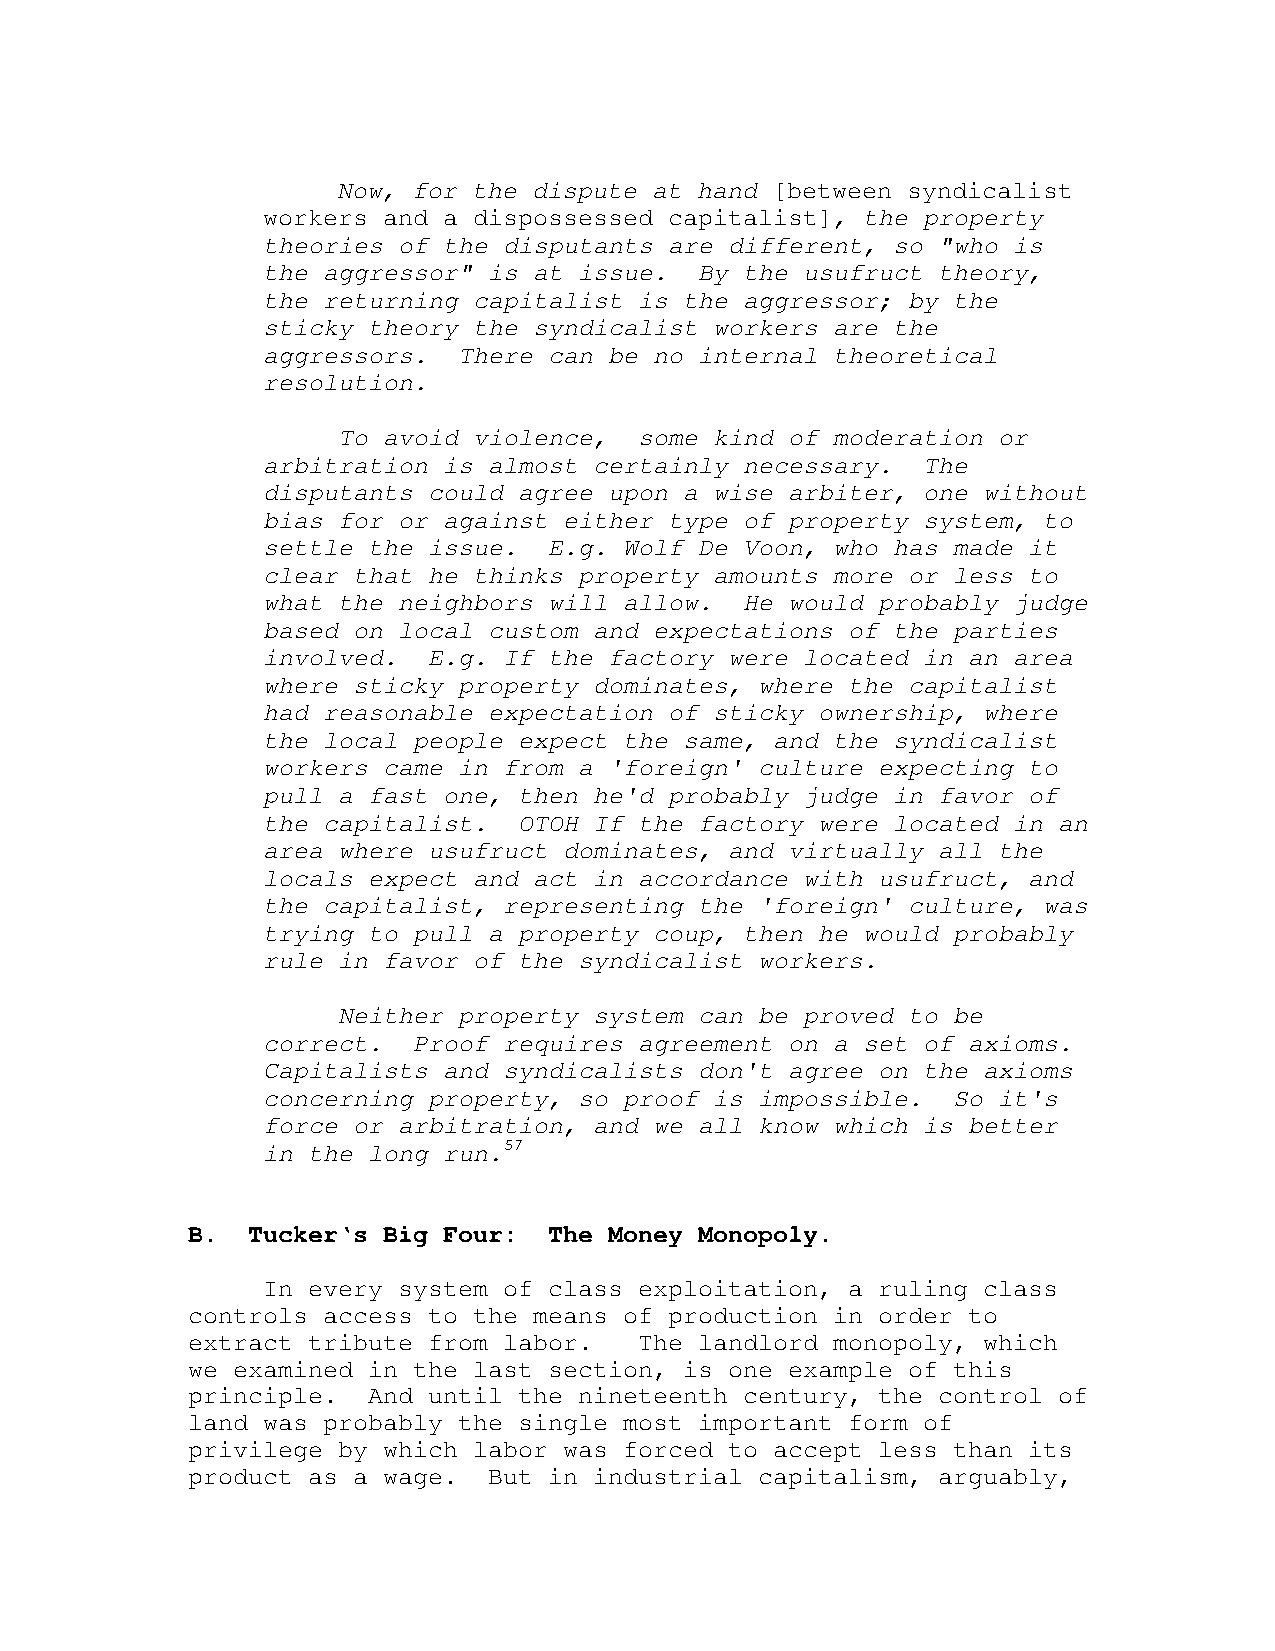
Now, for the dispute at hand [between syndicalist
 workers and a dispossessed capitalist], the property
 theories of the disputants are different, so "who is
 the aggressor" is at issue.  By the usufruct theory,
 the returning capitalist is the aggressor; by the
 sticky theory the syndicalist workers are the
 aggressors.  There can be no internal theoretical
 resolution.
 To avoid violence,  some kind of moderation or
 arbitration is almost certainly necessary.  The
 disputants could agree upon a wise arbiter, one without
 bias for or against either type of property system, to
 settle the issue.  E.g. Wolf De Voon, who has made it
 clear that he thinks property amounts more or less to
 what the neighbors will allow.  He would probably judge
 based on local custom and expectations of the parties
 involved.  E.g. If the factory were located in an area
 where sticky property dominates, where the capitalist
 had reasonable expectation of sticky ownership, where
 the local people expect the same, and the syndicalist
 workers came in from a 'foreign' culture expecting to
 pull a fast one, then he'd probably judge in favor of
 the capitalist.  OTOH If the factory were located in an
 area where usufruct dominates, and virtually all the
 locals expect and act in accordance with usufruct, and
 the capitalist, representing the 'foreign' culture, was
 trying to pull a property coup, then he would probably
 rule in favor of the syndicalist workers.
 Neither property system can be proved to be
 correct.  Proof requires agreement on a set of axioms.
 Capitalists and syndicalists don't agree on the axioms
 concerning property, so proof is impossible.  So it's
 force or arbitration, and we all know which is better
 in the long run.57
 B.  Tucker‘s Big Four:  The Money Monopoly.
 In every system of class exploitation, a ruling class
 controls access to the means of production in order to
 extract tribute from labor.   The landlord monopoly, which
 we examined in the last section, is one example of this
 principle.  And until the nineteenth century, the control of
 land was probably the single most important form of
 privilege by which labor was forced to accept less than its
 product as a wage.  But in industrial capitalism, arguably,